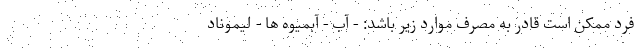
فرد ممکن است قادر به مصرف موارد زیر باشد: - آب - آبمیوه ها - لیموناد